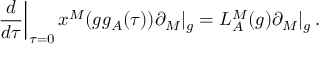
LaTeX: \left. \frac { d } { d \tau } \right| _ { \tau = 0 } x ^ { M } ( g g _ { A } ( \tau ) ) \partial _ { M } | _ { g } = L _ { A } ^ { M } ( g ) \partial _ { M } | _ { g } \, .